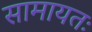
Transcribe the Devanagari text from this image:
सामायतः